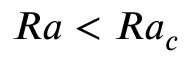
R a < R a _ { c }